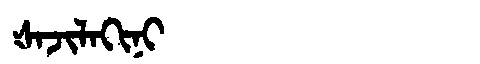
Manchu: ᡧᠠᠵᡳᠯᠠᡴᡳᠨᡳ
Romanization: ŠAJILAKINI